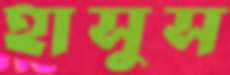
হাসুস